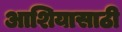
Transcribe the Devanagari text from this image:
आशियासाठी